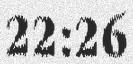
22:26